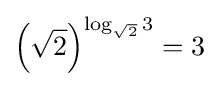
\left({\sqrt {2}}\right)^{\log _{\sqrt {2}}3}=3